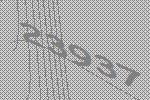
23937